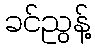
ခင်ညွန့်